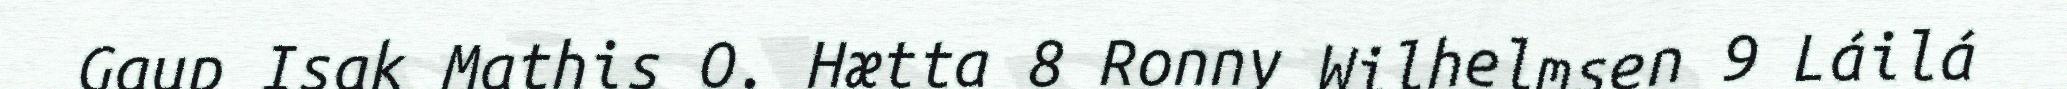
Gaup Isak Mathis O. Hætta 8 Ronny Wilhelmsen 9 Láilá